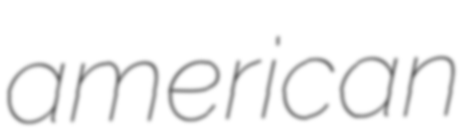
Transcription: american